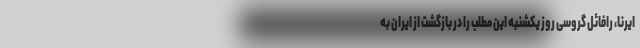
ایرنا، رافائل گروسی روز یکشنبه این مطلب را در بازگشت از ایران به